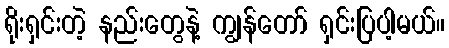
ရိုးရှင်းတဲ့ နည်းတွေနဲ့ ကျွန်တော် ရှင်းပြပါ့မယ်။